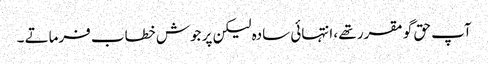
آپ حق گو مقرر تھے ، انتہائی سادہ لیکن پر جوش خطاب فرماتے ۔